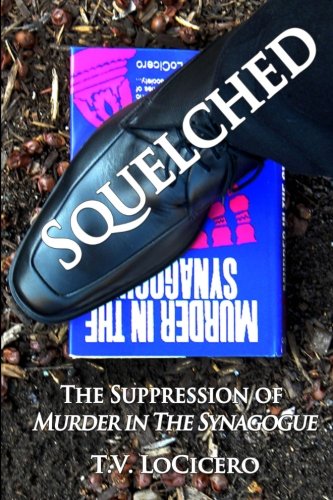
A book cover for Squelched: The Suppression of Murder in the Synagogue; T. V. LoCicero; Biographies & Memoirs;